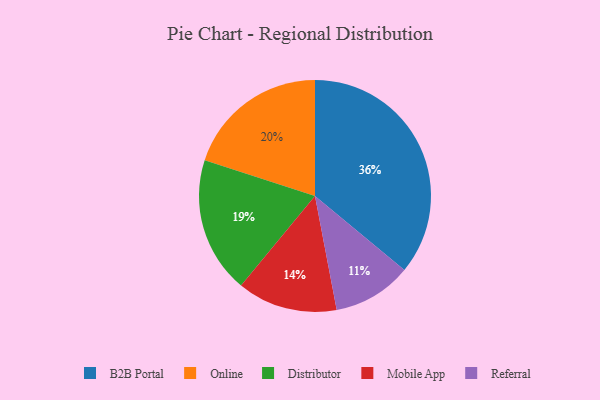
{"axis": {"x": "Category", "y": "Percentage"}, "legend": ["B2B Portal", "Distributor", "Mobile App", "Online", "Referral"], "data": [{"x": "Online", "y": 20, "type": "Online"}, {"x": "Referral", "y": 11, "type": "Referral"}, {"x": "Distributor", "y": 19, "type": "Distributor"}, {"x": "Mobile App", "y": 14, "type": "Mobile App"}, {"x": "B2B Portal", "y": 36, "type": "B2B Portal"}]}